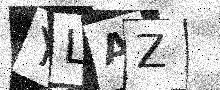
Text: YLAZ